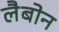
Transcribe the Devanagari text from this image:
लैबोन